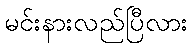
မင်းနားလည်ပြီလား